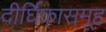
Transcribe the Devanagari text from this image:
दीर्घिकासमूह